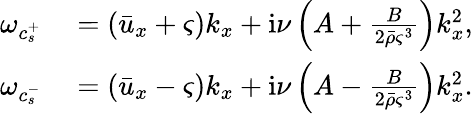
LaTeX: \begin{array}{rl}{\omega_{c_{s}^{+}}}&{{}=(\bar{u}_{x}+\varsigma)k_{x}+\mathrm{i}\nu\left(A+\frac{B}{2\bar{\rho}\varsigma^{3}}\right)k_{x}^{2},}\\ {\omega_{c_{s}^{-}}}&{{}=(\bar{u}_{x}-\varsigma)k_{x}+\mathrm{i}\nu\left(A-\frac{B}{2\bar{\rho}\varsigma^{3}}\right)k_{x}^{2}.}\end{array}